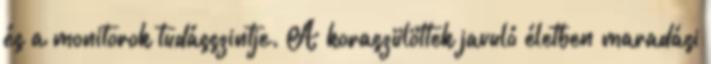
és a monitorok tudásszintje. A koraszülöttek javuló életben maradási